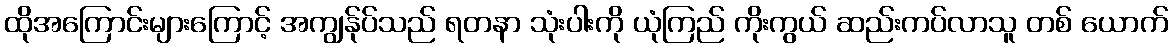
ထိုအကြောင်းများကြောင့် အကျွန်ုပ်သည် ရတနာ သုံးပါးကို ယုံကြည် ကိုးကွယ် ဆည်းကပ်လာသူ တစ် ယောက်